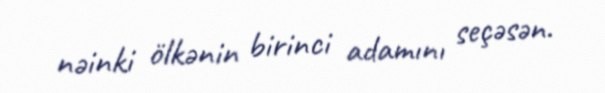
nəinki ölkənin birinci adamını seçəsən.